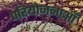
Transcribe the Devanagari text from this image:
परियोजनाऑं